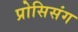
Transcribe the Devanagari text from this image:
प्रोसिसंग